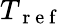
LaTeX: T_{\mathrm{~r~e~f~}}